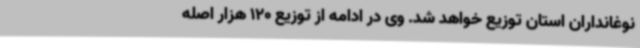
نوغانداران استان توزیع خواهد شد. وی در ادامه از توزیع 120 هزار اصله